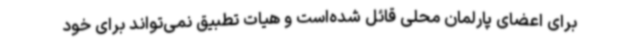
برای اعضای پارلمان محلی قائل شده‌است و هیات تطبیق نمی‌تواند برای خود